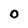
Character: o